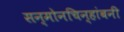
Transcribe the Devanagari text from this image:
सन्माेनचिन्हांबनी